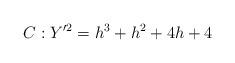
LaTeX: \begin{align*}C: Y'^2 = h^3 + h^2 + 4h + 4\end{align*}